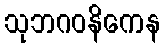
သုဘဂဝနိကေန